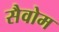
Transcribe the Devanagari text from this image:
सैवोम